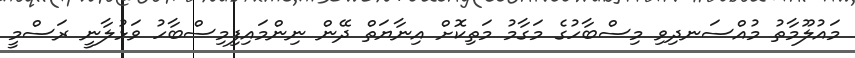
މައުލޫމާތު މުއްސަނދިވި މިސްބާހުގެ މަގާމު މަތިކޮށް އިނާޔަތް ދޭން ނިންމައިފިމިސްބާހު ވަޅުލާނީ ރަސްމީ